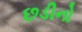
છડીનો